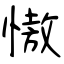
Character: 慠